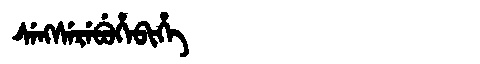
Manchu: ᠰᡝᠩᠰᡝᡵᡝᠪᡠᡥᡝᠪᡳᡥᡝ
Romanization: SENGSEREBUHEBIHE